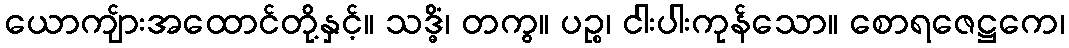
ယောကျ်ားအထောင်တို့နှင့်။ သဒ္ဓိံ၊ တကွ။ ပဉ္စ၊ ငါးပါးကုန်သော။ စောရဇေဋ္ဌကေ၊